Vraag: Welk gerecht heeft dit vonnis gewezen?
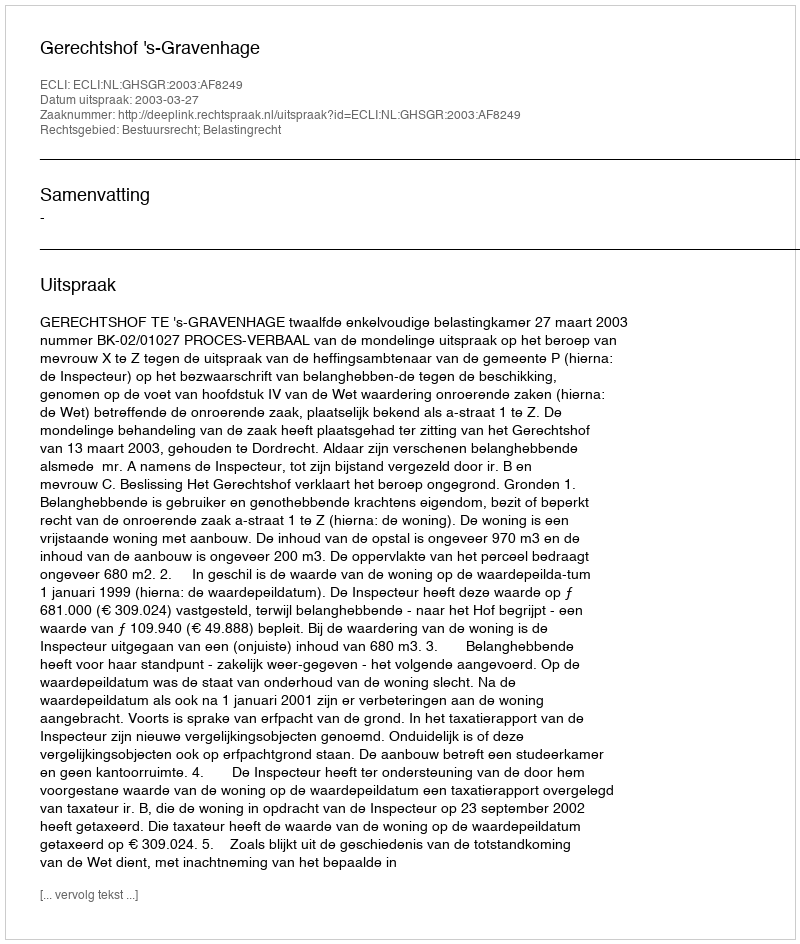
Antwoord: Gerechtshof 's-Gravenhage